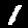
Label: 1